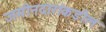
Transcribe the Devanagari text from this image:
जमीनदारांकडील